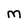
Character: M